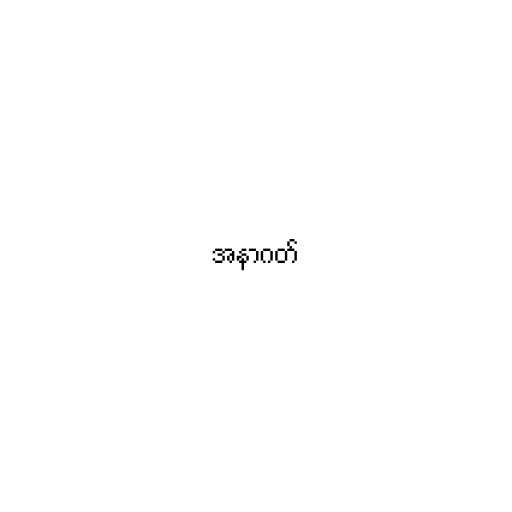
အနာဂတ်